Serum-therapy of plague in India - Number 20
Disease focus: Plague
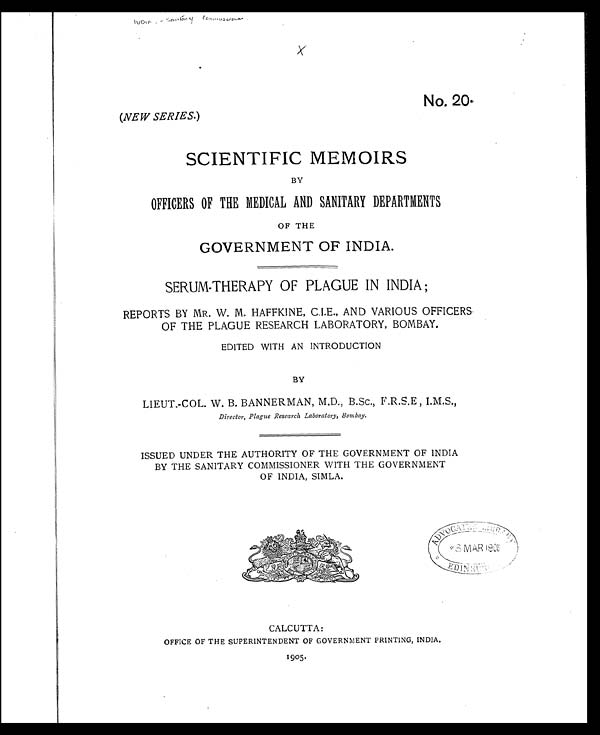
INDIA. — Santary Commissioner
No. 20.
(NEW SERIES. )
SCIENTIFIC MEMOIRS
BY
OFFICERS OF THE MEDICAL AND SANITARY DEPARTMENTS
OF THE
GOVERNMENT OF INDIA.
SERUM-THERAPY OF PLAGUE IN INDIA;
REPORTS BY MR. W. M. HAFFKINE, C.I.E., AND VARIOUS OFFICERS
OF THE PLAGUE RESEARCH LABORATORY, BOMBAY.
EDITED WITH AN INTRODUCTION
BY
LIEUT.-COL. W. B. BANNERMAN, M.D., B.SC., F.R.S.E , I.M.S.,
Director, Plague Research Laboratory, Bombay.
ISSUED UNDER THE AUTHORITY OF THE GOVERNMENT OF INDIA
BY THE SANITARY COMMISSIONER WITH THE GOVERNMENT
OF INDIA, SIMLA.
CALCUTTA:
OFFICE OF THE SUPERINTENDENT OF GOVERNMENT PRINTING, INDIA.
1905.